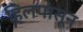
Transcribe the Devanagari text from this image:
हिलपासून